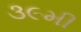
૩૯મી